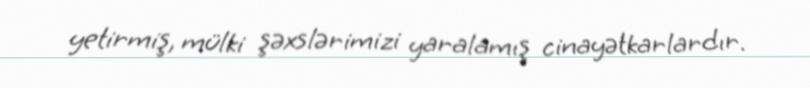
yetirmiş, mülki şəxslərimizi yaralamış cinayətkarlardır.